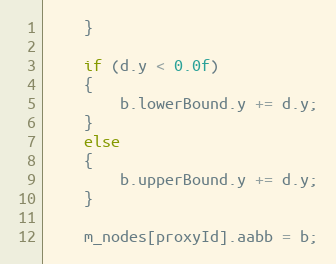
Language: C++
	}

	if (d.y < 0.0f)
	{
		b.lowerBound.y += d.y;
	}
	else
	{
		b.upperBound.y += d.y;
	}

	m_nodes[proxyId].aabb = b;